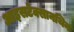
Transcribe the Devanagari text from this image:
आइसटेक्सानथिन